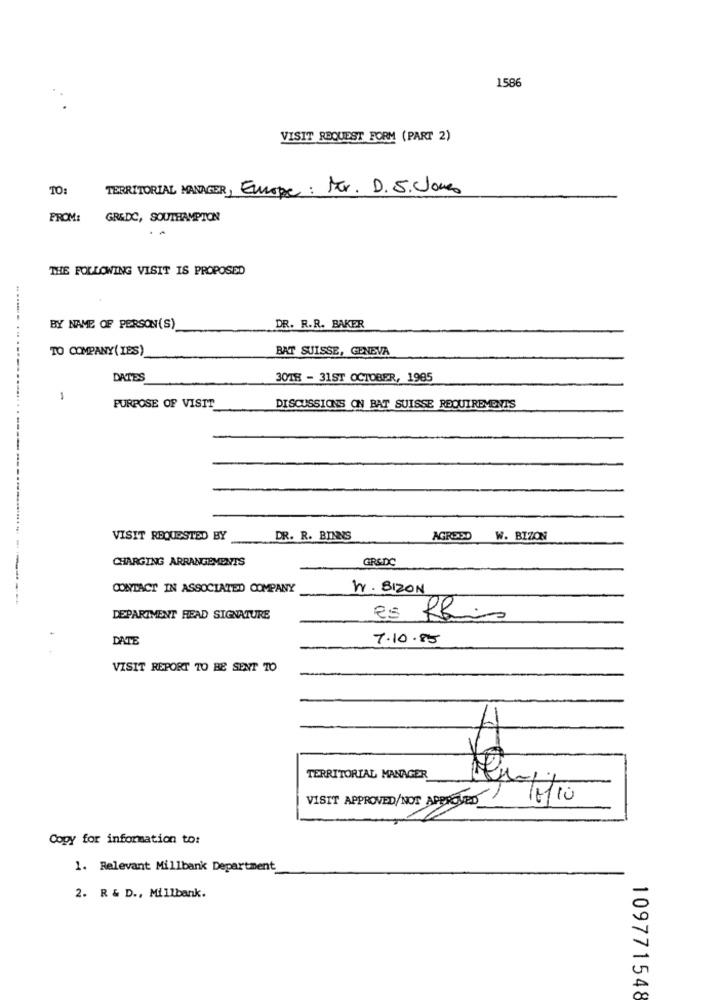
1586
VISIT REQUEST FORM (PART 2)
TO:
TERRITORIAL MANAGER, Europe: Mr. D.S. Jones
FROM:
GR&DC, SOUTHAMPTON
THE FOLLOWING VISIT IS PROPOSED
BY NAME OF PERSON(S)
DR. R.R. BAKER
TO COMPANY(IES)
BAT SUISSE, GENEVA
DATES
3018 - 31ST OCTOBER, 1985
-
PURPOSE OF VISIT
DISCUSSIONS ON BAT SUISSE REQUIREMENTS
VISIT REQUESTED BY
DR. R. BINNS
AGREED W. BIZON
CHARGING ARRANGEMENTS
GRSDC
CONTACT IN ASSOCIATED COMPANY
W. BIZON
DEPARTMENT HEAD SIGNATURE
es
Rhin
DATE
7.10.85
VISIT REPORT TO BE SENT TO
TERRITORIAL MANAGER
VISIT APPROVED/NOT APPRECIATED
Copy for information to:
1. Relevant Millbank Department
2. R & D ., Millbank.
109771548